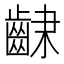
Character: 𮯆